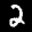
Label: 2